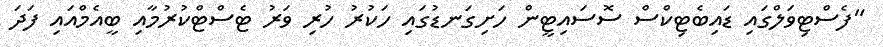
"ފެސްޓިވަލްގައި ޑައިބެޓިކްސް ސޮސައިޓީން ހަށިގަނޑުގައި ހަކުރު ހުރި ވަރު ޓެސްޓްކުރުމާއި ބީއެމްއައި ފަދަ